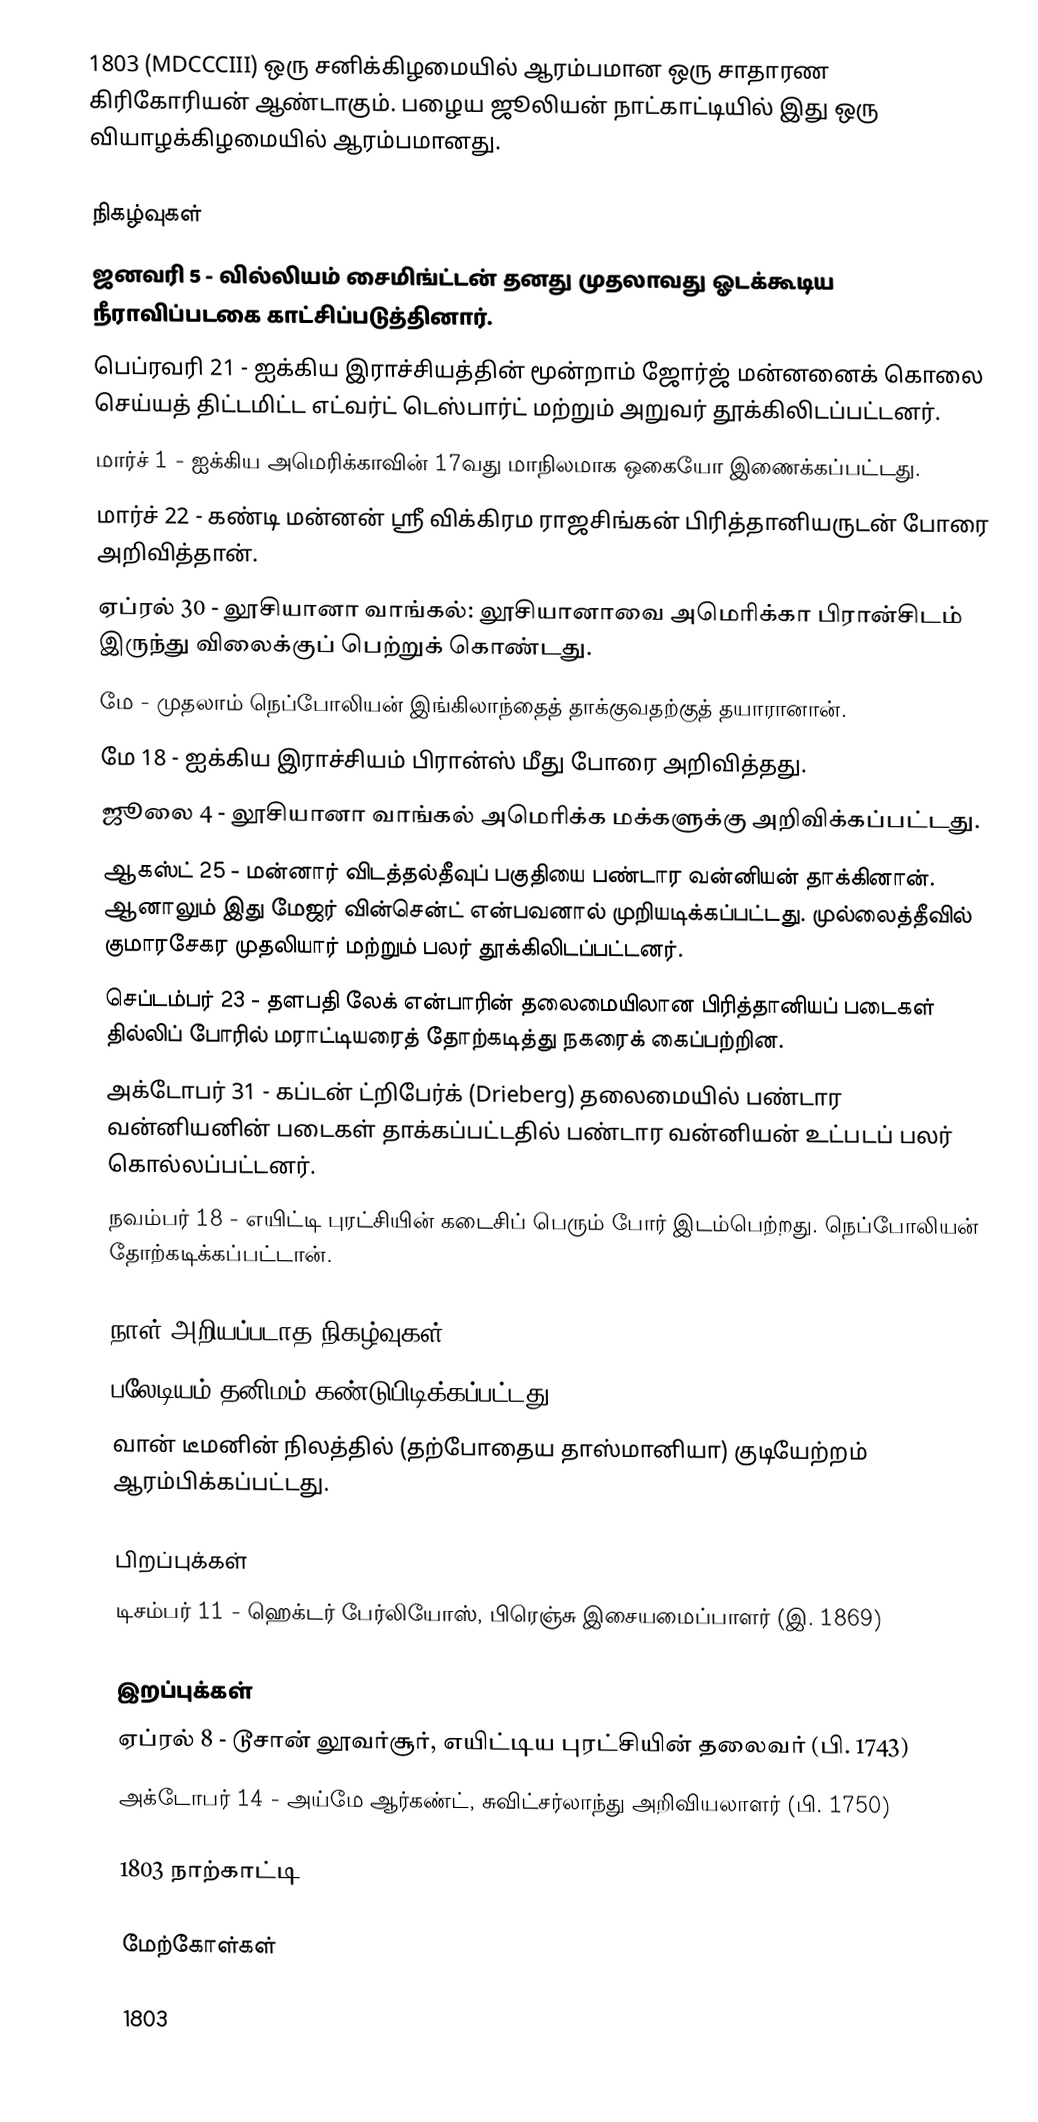
1803  (MDCCCIII) ஒரு சனிக்கிழமையில் ஆரம்பமான ஒரு சாதாரண கிரிகோரியன் ஆண்டாகும். பழைய ஜூலியன் நாட்காட்டியில் இது ஒரு வியாழக்கிழமையில் ஆரம்பமானது.

நிகழ்வுகள்
 ஜனவரி 5 - வில்லியம் சைமிங்ட்டன் தனது முதலாவது ஓடக்கூடிய நீராவிப்படகை காட்சிப்படுத்தினார்.
 பெப்ரவரி 21 - ஐக்கிய இராச்சியத்தின் மூன்றாம் ஜோர்ஜ் மன்னனைக் கொலை செய்யத் திட்டமிட்ட எட்வர்ட் டெஸ்பார்ட் மற்றும் அறுவர் தூக்கிலிடப்பட்டனர்.
 மார்ச் 1 - ஐக்கிய அமெரிக்காவின் 17வது மாநிலமாக ஒகையோ இணைக்கப்பட்டது.
 மார்ச் 22 - கண்டி மன்னன் ஸ்ரீ விக்கிரம ராஜசிங்கன் பிரித்தானியருடன் போரை அறிவித்தான்.
 ஏப்ரல் 30 - லூசியானா வாங்கல்: லூசியானாவை அமெரிக்கா பிரான்சிடம் இருந்து விலைக்குப் பெற்றுக் கொண்டது.
 மே - முதலாம் நெப்போலியன் இங்கிலாந்தைத் தாக்குவதற்குத் தயாரானான்.
 மே 18 - ஐக்கிய இராச்சியம் பிரான்ஸ் மீது போரை அறிவித்தது.
 ஜூலை 4 - லூசியானா வாங்கல் அமெரிக்க மக்களுக்கு அறிவிக்கப்பட்டது.
 ஆகஸ்ட் 25 - மன்னார் விடத்தல்தீவுப் பகுதியை பண்டார வன்னியன் தாக்கினான். ஆனாலும் இது மேஜர் வின்சென்ட் என்பவனால் முறியடிக்கப்பட்டது. முல்லைத்தீவில் குமாரசேகர முதலியார் மற்றும் பலர் தூக்கிலிடப்பட்டனர்.
 செப்டம்பர் 23 - தளபதி லேக் என்பாரின் தலைமையிலான பிரித்தானியப் படைகள் தில்லிப் போரில் மராட்டியரைத் தோற்கடித்து நகரைக் கைப்பற்றின.
 அக்டோபர் 31 - கப்டன் ட்றிபேர்க் (Drieberg) தலைமையில் பண்டார வன்னியனின் படைகள் தாக்கப்பட்டதில் பண்டார வன்னியன் உட்படப் பலர் கொல்லப்பட்டனர்.
 நவம்பர் 18 - எயிட்டி புரட்சியின் கடைசிப் பெரும் போர் இடம்பெற்றது. நெப்போலியன் தோற்கடிக்கப்பட்டான்.

நாள் அறியப்படாத நிகழ்வுகள்
 பலேடியம் தனிமம் கண்டுபிடிக்கப்பட்டது.
 வான் டீமனின் நிலத்தில் (தற்போதைய தாஸ்மானியா) குடியேற்றம் ஆரம்பிக்கப்பட்டது.

பிறப்புக்கள்
 டிசம்பர் 11 - ஹெக்டர் பேர்லியோஸ், பிரெஞ்சு இசையமைப்பாளர் (இ. 1869)

இறப்புக்கள்
 ஏப்ரல் 8 - டூசான் லூவர்சூர், எயிட்டிய புரட்சியின் தலைவர் (பி. 1743)
 அக்டோபர் 14 - அய்மே ஆர்கண்ட், சுவிட்சர்லாந்து அறிவியலாளர் (பி. 1750)

1803 நாற்காட்டி

மேற்கோள்கள்

1803